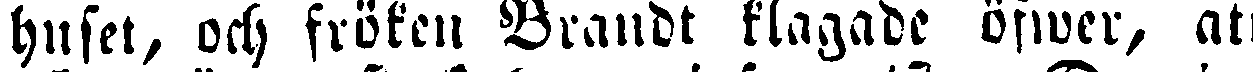
huset, och fröken Brandt klagade öfwer, att